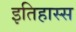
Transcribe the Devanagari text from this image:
इतिहास्स